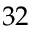
3 2